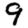
Digit: 9